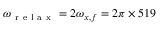
\omega _ { \mathrm { ~ r ~ e ~ l ~ a ~ x ~ } } = 2 \omega _ { x , f } = 2 \pi \times 5 1 9